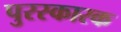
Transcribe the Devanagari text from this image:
पुरस्कारक